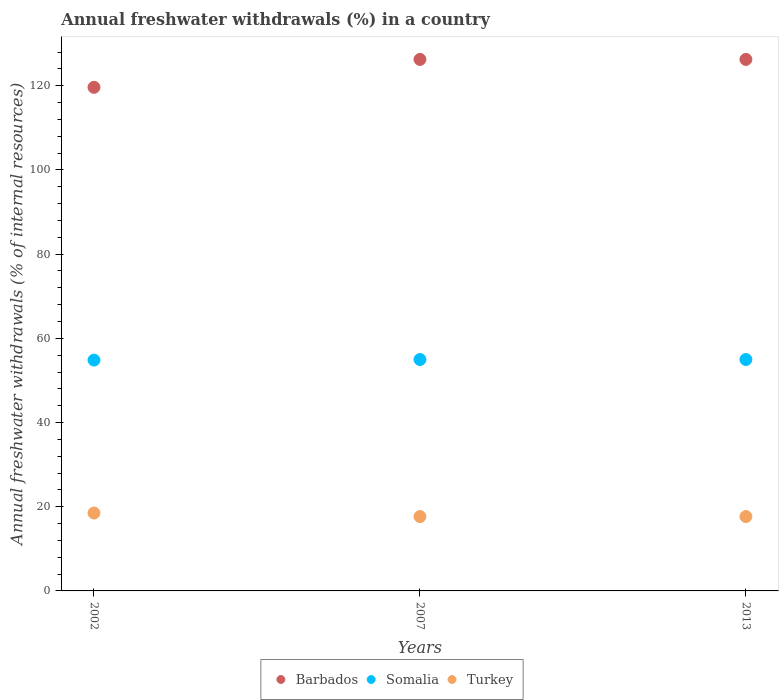
| Years | Barbados | Somalia | Turkey |
 | --- | --- | --- | --- |
 | 2002 | 120 | 54.8 | 18.5 |
 | 2007 | 126 | 55 | 17.7 |
 | 2013 | 126 | 55 | 17.7 |